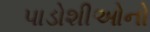
પાડોશીઓનો